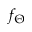
f _ { \Theta }